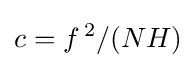
c=f\,^{2}/(NH)